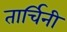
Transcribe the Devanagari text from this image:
तार्चिनी